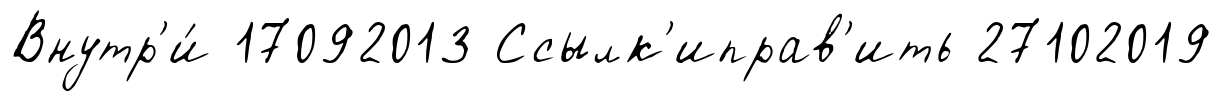
Внутр'и́ 17092013 Ссылк'иправ'ить 27102019